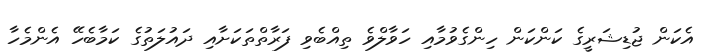
އެކަން ޖުޑިޝަރީގެ ކަންކަން ހިންގެވުމާއި ހަވާލްވެ ތިއްބެވި ފަރާތްތަކަށާއި ދައުލަތުގެ ކަމާބެހޭ އެންމެހާ